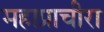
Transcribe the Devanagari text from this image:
महाप्राचीरा